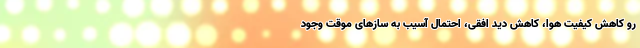
رو کاهش کیفیت هوا، کاهش دید افقی، احتمال آسیب به سازهای موقت وجود